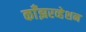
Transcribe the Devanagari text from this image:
काँझरव्हेशन